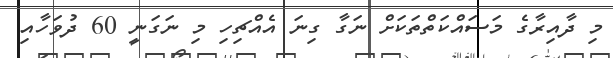
މި ދާއިރާގެ މަސައްކަތްތަކަށް ނަގާ ގިނަ އެއްޗިހި މި ނަގަނީ 60 ދުވަހާއި